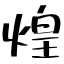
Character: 煌